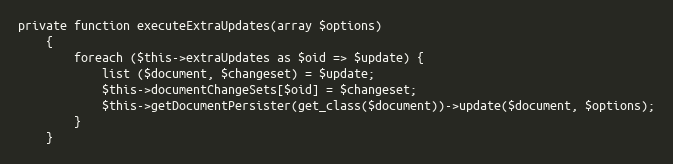
Language: PHP
private function executeExtraUpdates(array $options)
    {
        foreach ($this->extraUpdates as $oid => $update) {
            list ($document, $changeset) = $update;
            $this->documentChangeSets[$oid] = $changeset;
            $this->getDocumentPersister(get_class($document))->update($document, $options);
        }
    }